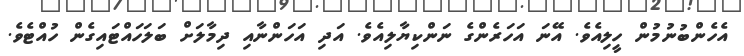
އެހެންބުނުމުން ހީލިއެވެ. އޭނަ އަހަރެންގެ ނަންކިޔާލިއެވެ. އަދި އަހަންނާއި ދިމާލަށް ބަލަހައްޓައިގެން ހުއްޓެވެ.